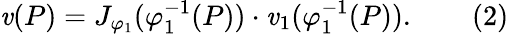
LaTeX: \mathit{v}(P)=J_{\varphi_{1}}(\varphi_{1}^{-1}(P))\cdot{\mathbf{{\mathit{v}}}}_{1}(\varphi_{1}^{-1}(P)).\qquad(2)